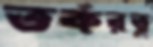
তর্করত্ন